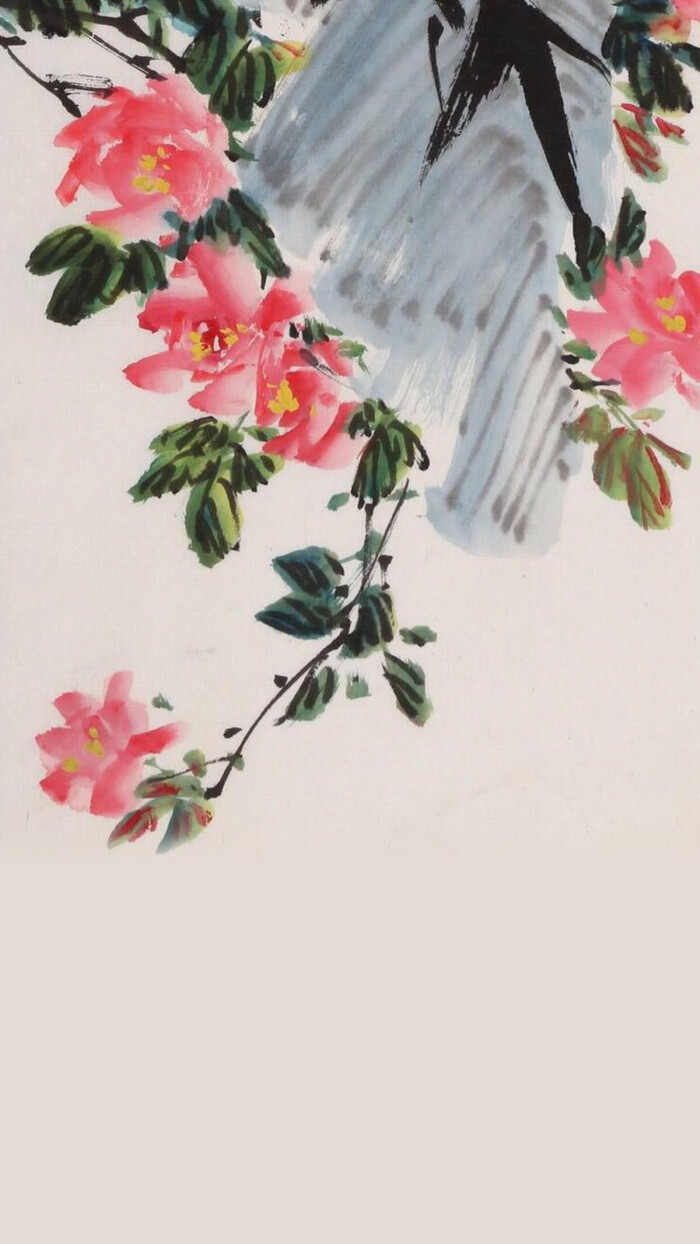
名花倾国两相欢，常得君王带笑看。